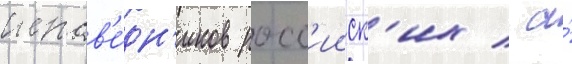
испов'е́дн'иков росс'ииск'их / а́